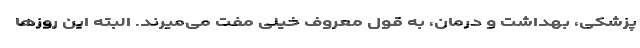
پزشکی، بهداشت و درمان، به قول معروف خیلی مفت می‌میرند. البته این روزها